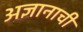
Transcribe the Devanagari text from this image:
अज्ञानाची